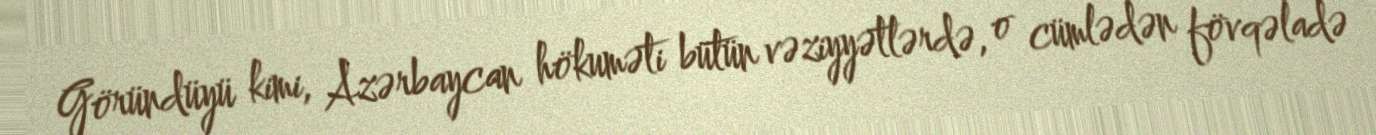
Göründüyü kimi, Azərbaycan hökuməti bütün vəziyyətlərdə, o cümlədən fövqəladə